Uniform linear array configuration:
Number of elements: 32
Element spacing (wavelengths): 1
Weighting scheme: cosine
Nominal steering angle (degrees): -60
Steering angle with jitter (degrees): -60.4
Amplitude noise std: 0.05
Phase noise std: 0.05

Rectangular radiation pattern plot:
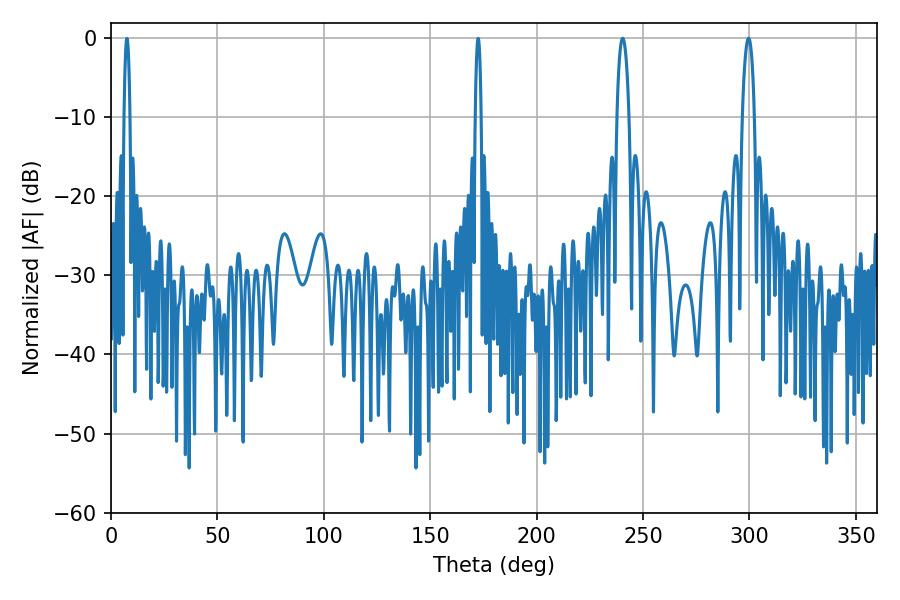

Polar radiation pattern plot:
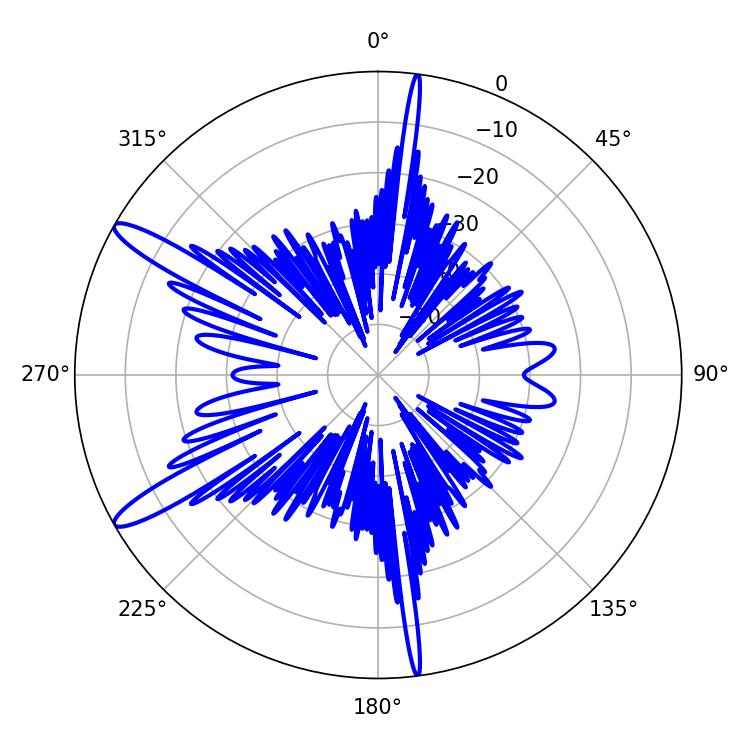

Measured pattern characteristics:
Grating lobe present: TRUE
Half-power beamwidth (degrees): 3.24
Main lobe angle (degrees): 240.48